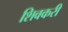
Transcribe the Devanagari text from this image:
शिवकरी